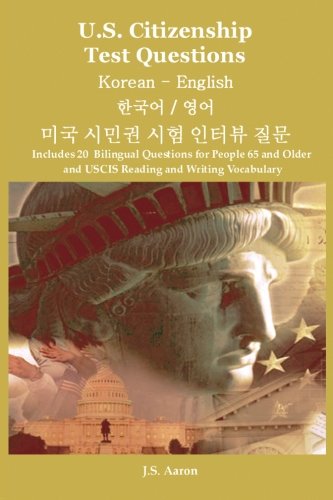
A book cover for U.S. Citizenship Test Questions  Korean and English (Korean Edition); J.S. Aaron; Test Preparation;